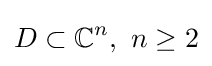
D\subset \mathbb {C} ^{n},\ n\geq 2